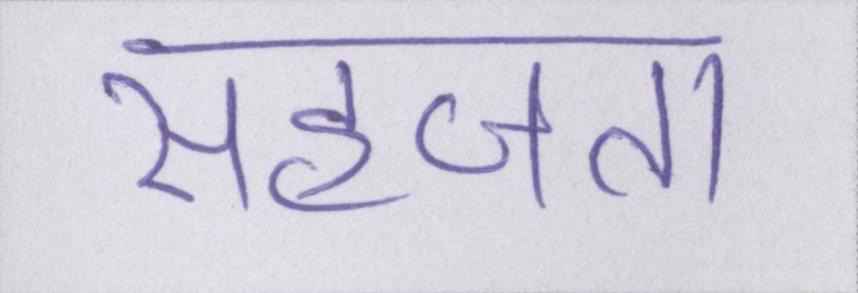
सहजता